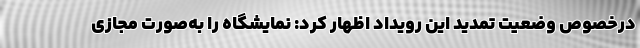
درخصوص وضعیت تمدید این رویداد اظهار کرد: نمایشگاه را به‌صورت مجازی